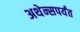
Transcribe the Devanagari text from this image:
अथेन्सपर्यंत